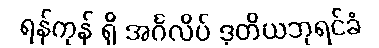
ရန်ကုန် ရှိ အင်္ဂလိပ် ဒုတိယဘုရင်ခံ